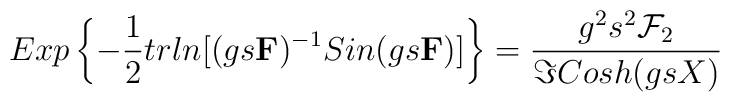
Exp\left \{-\frac{1}{2}trln[(gs{\bf F})^{-1}Sin(gs{\bf F})]\right \}=\frac{g^{2}s^{2}{\cal F}_{2}}{\Im Cosh(gsX)}